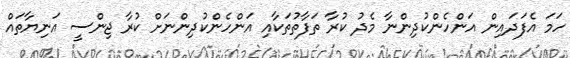
ހަމަ އެފަދައިން އަންހެންކުދިންނާ މެދު ކުރާ ތަފާތުތަކާއި އަންހެންކުދިންނަށް ކުރާ ޖިންސީ އަނިޔާތައް